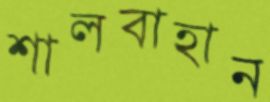
শালবাহান